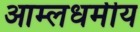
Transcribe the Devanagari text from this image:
आम्लधर्मीय